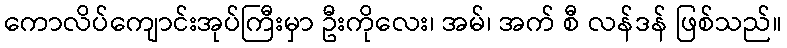
ကောလိပ်ကျောင်းအုပ်ကြီးမှာ ဦးကိုလေး၊ အမ်၊ အက် စီ လန်ဒန် ဖြစ်သည်။